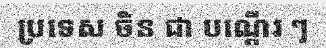
ប្រទេស ចិន ជា បណ្តើរ ៗ